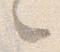
々